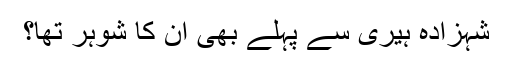
شہزادہ ہیری سے پہلے بھی ان کا شوہر تھا؟